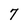
Character: 7